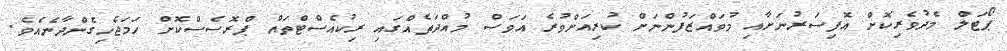
ޕޯޓަލް މެދުވެރިކޮށް އޮފިސަރުނަށާއި މުވައްޒަފުންނަށް ކުރިއަށްވުރެ އަވަސް މުއްދަތެއްގައި ރިކުއެސްޓްތައް ޕްރޮސެސްކޮށް ހަމަޖެހިގެންދާނެއެވެ.